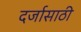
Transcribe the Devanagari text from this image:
दर्जासाठी